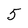
Character: 5